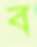
ব